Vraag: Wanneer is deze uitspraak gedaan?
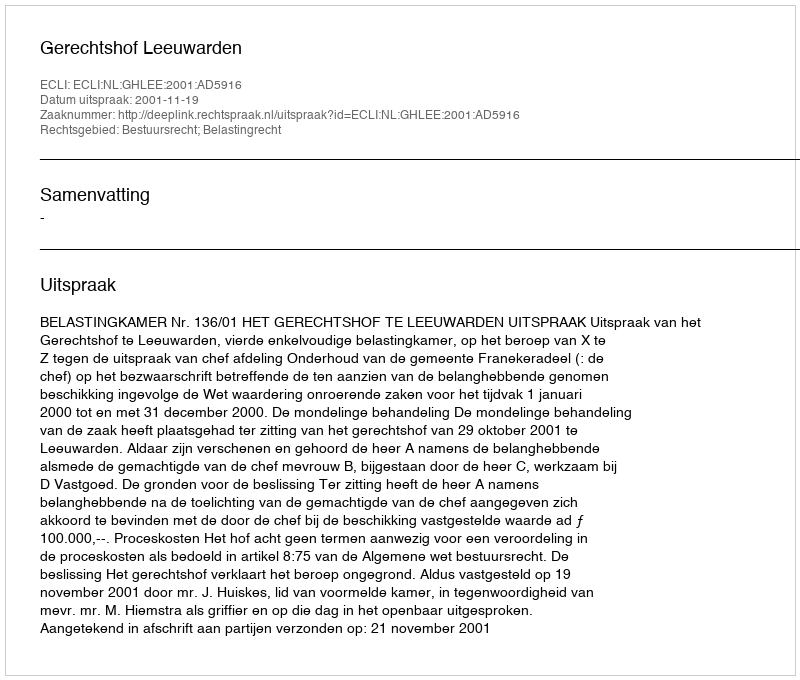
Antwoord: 2001-11-19